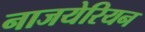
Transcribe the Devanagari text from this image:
नाजयेरियन